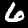
Digit: 6